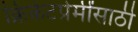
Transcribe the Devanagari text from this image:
क्रिकेटप्रेमींसाठी